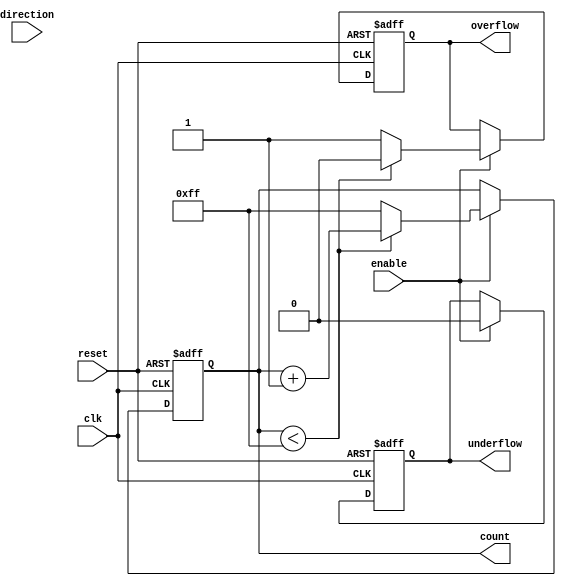
module parameterized_counter #(
    parameter WIDTH = 8,            // Default width is 8 bits
    parameter MODE = 1              // Default mode is UP (1 = UP, 0 = DOWN, 2 = UP_DOWN)
)(
    input wire clk,                 // Clock signal
    input wire reset,               // Asynchronous reset
    input wire enable,              // Enable signal
    input wire direction,           // Direction signal (valid in UP_DOWN mode)
    output reg [WIDTH-1:0] count,   // Output count
    output reg overflow,            // Overflow flag
    output reg underflow            // Underflow flag
);

    // Internal maximum and minimum values for the counter
    localparam MAX_VALUE = (1 << WIDTH) - 1;  // Maximum value for WIDTH bits
    localparam MIN_VALUE = 0;                   // Minimum value is 0

    // Synchronous process for counting
    always @(posedge clk or posedge reset) begin
        if (reset) begin
            // Reset counter to zero
            count <= MIN_VALUE;
            overflow <= 0;
            underflow <= 0;
        end else if (enable) begin
            case (MODE)
                1'b0: begin  // DOWN mode
                    if (count > MIN_VALUE) begin
                        count <= count - 1;
                        underflow <= 0;
                    end else begin
                        count <= MIN_VALUE;
                        underflow <= 1;  // Underflow occurred
                    end
                    overflow <= 0;
                end

                1'b1: begin  // UP mode
                    if (count < MAX_VALUE) begin
                        count <= count + 1;
                        overflow <= 0;
                    end else begin
                        count <= MAX_VALUE;
                        overflow <= 1;  // Overflow occurred
                    end
                    underflow <= 0;
                end

                2'b10: begin  // UP_DOWN mode
                    if (direction) begin  // Count up
                        if (count < MAX_VALUE) begin
                            count <= count + 1;
                            overflow <= 0;
                        end else begin
                            count <= MAX_VALUE;
                            overflow <= 1;  // Overflow occurred
                        end
                        underflow <= 0;
                    end else begin  // Count down
                        if (count > MIN_VALUE) begin
                            count <= count - 1;
                            underflow <= 0;
                        end else begin
                            count <= MIN_VALUE;
                            underflow <= 1;  // Underflow occurred
                        end
                        overflow <= 0;
                    end
                end

                default: begin
                    count <= count; // No change for unsupported mode
                    overflow <= 0;
                    underflow <= 0;
                end
            endcase
        end
    end
endmodule